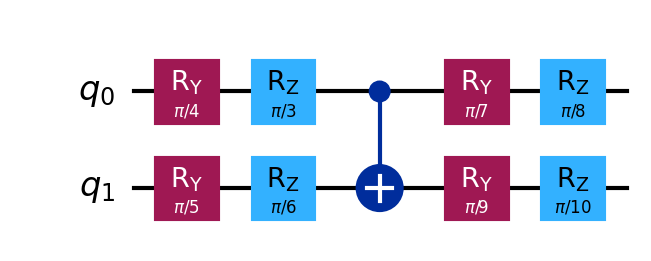
Description: Hardware-efficient ansatz (2-qubit, 2 layers)
描述: 硬件高效拟设（2量子比特，2层）
Category: variational (difficulty: intermediate)
Qubits: 2, circuit depth: 5

Braket implementation:
import math
from braket.circuits import Circuit
circuit = Circuit()
circuit.ry(0, math.pi/4).rz(0, math.pi/3)
circuit.ry(1, math.pi/5).rz(1, math.pi/6)
circuit.cnot(0, 1)
circuit.ry(0, math.pi/7).rz(0, math.pi/8)
circuit.ry(1, math.pi/9).rz(1, math.pi/10)